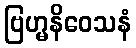
ဗြဟ္မနိဝေသနံ